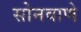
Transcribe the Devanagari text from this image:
सोनवाणे